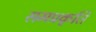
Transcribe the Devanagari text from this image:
समप्रकृति